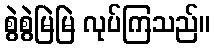
စွဲစွဲမြဲမြဲ လုပ်ကြသည်။